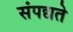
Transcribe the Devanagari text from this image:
संपद्यते